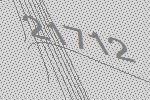
21712